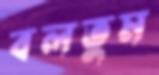
বলতুম